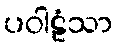
ပဝါဠံသာ